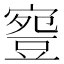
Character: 𧯳